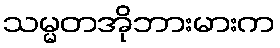
သမ္မတအိုဘားမားက